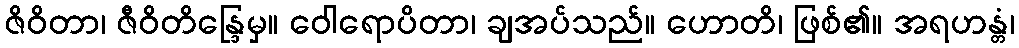
ဇိဝိတာ၊ ဇီဝိတိန္ဒြေမှ။ ဝေါရောပိတာ၊ ချအပ်သည်။ ဟောတိ၊ ဖြစ်၏။ အရဟန္တံ၊